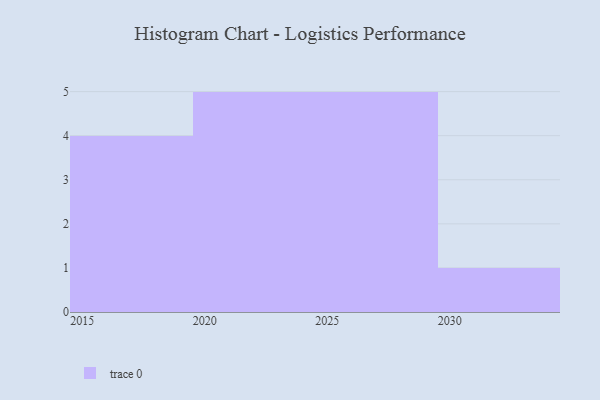
{"axis": {"x": "Year", "y": "Net Income (USD K)"}, "legend": [""], "data": [{"x": "2028", "y": 69, "type": ""}, {"x": "2019", "y": 80, "type": ""}, {"x": "2015", "y": 37, "type": ""}, {"x": "2017", "y": 75, "type": ""}, {"x": "2026", "y": 67, "type": ""}, {"x": "2020", "y": 4, "type": ""}, {"x": "2022", "y": 73, "type": ""}, {"x": "2018", "y": 69, "type": ""}, {"x": "2027", "y": 56, "type": ""}, {"x": "2023", "y": 42, "type": ""}, {"x": "2029", "y": 94, "type": ""}, {"x": "2030", "y": 92, "type": ""}, {"x": "2021", "y": 72, "type": ""}, {"x": "2024", "y": 66, "type": ""}, {"x": "2025", "y": 91, "type": ""}]}